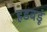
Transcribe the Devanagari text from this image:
हडबडूं